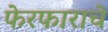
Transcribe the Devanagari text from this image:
फेरफाराचे